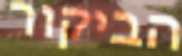
הביקור